Lunatic asylums Bombay report 1891-1903 - 1891-1903
Year: 1891
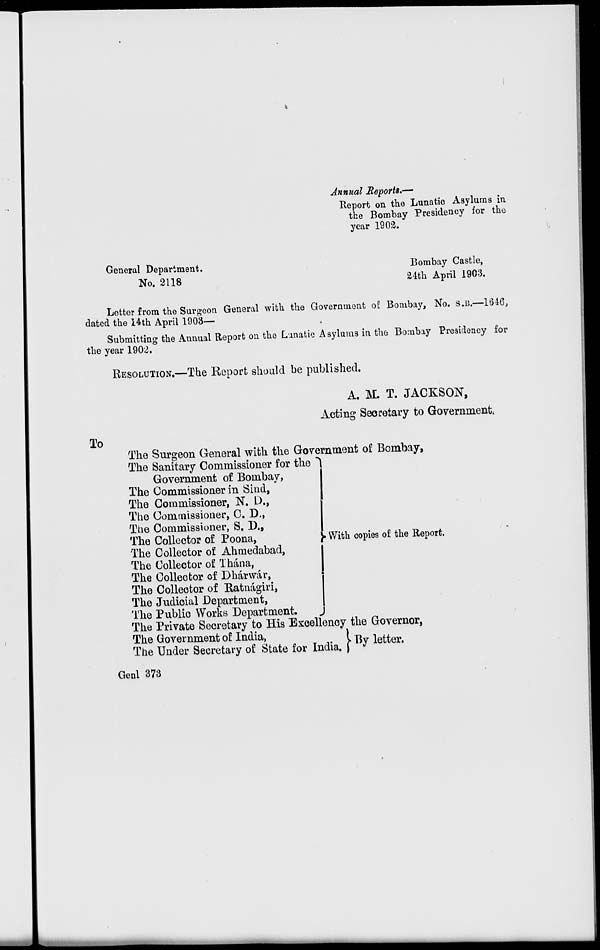
Annual Reports.—
Report on the Lunatic Asylums in
the Bombay Presidency for the
year 1902.
General Department.
Bombay Castle,
No. 2118
24th April 1903.
Letter from the Surgeon General with the Government of Bombay, No. S.B.—1646,
dated the 14th April 1903—
Submitting the Annual Report on the Lunatic Asylums in the Bombay Presidency for
the year 1902.
RESOLUTION.—The Report should be published.
A. M. T. JACKSON,
Acting Secretary to Government.
To
The Surgeon General with the Government of Bombay,
The Sanitary Commissioner for the
Government of Bombay,
The Commissioner in Sind,
The Commissioner, N. D.,
The Commissioner, C. D.,
The Commissioner, S. D.,
The Collector of Poona,
The Collector of Ahmedabad,
The Collector of Thána,
The Collector of Dhárwár,
The Collector of Ratnágiri,
The Judicial Department,
The Public Works Department.
With copies of the Report.
The Private Secretary to His Excellency the Governor,
The Government of India,
The Under Secretary of State for India.
By letter.
Genl 373